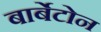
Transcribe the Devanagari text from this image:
बार्बेटोन